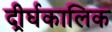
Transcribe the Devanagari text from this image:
दीर्र्घकालिक